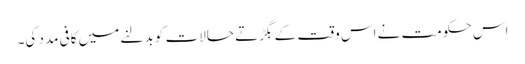
اس حکومت نے اس وقت کے بگڑتے حالات کو بدلنے میں کافی مدد کی۔